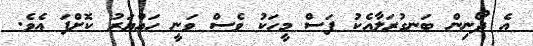
އެ ދޯނިން ބަނގުރަލާއެކު ފަސް މީހަކު ވެސް ވަނީ ހައްޔަރު ކޮށްފަ އެވެ.